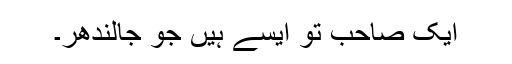
ایک صاحب تو ایسے ہیں جو جالندھر۔